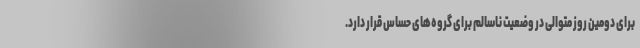
برای دومین روز متوالی در وضعیت ناسالم برای گروه‌های حساس قرار دارد.